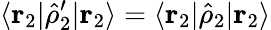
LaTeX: \langle\mathbf{r}_{2}|\hat{\rho}_{2}^{\prime}|\mathbf{r}_{2}\rangle=\langle\mathbf{r}_{2}|\hat{\rho}_{2}|\mathbf{r}_{2}\rangle